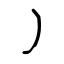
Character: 丿